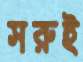
সরুই